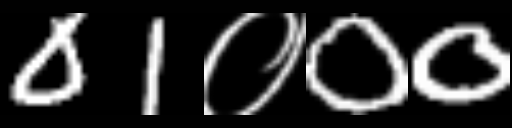
Text: 01०00